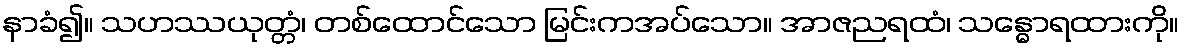
နာခံ၍။ သဟဿယုတ္တံ၊ တစ်ထောင်သော မြင်းကအပ်သော။ အာဇညရထံ၊ သန္ဓောရထားကို။